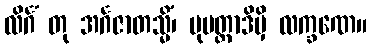
လိင်္ဂံ တု အင်္ဂဇာတသ္မိံ၊ ပုမတ္တာဒိမှိ လက္ခဏေ။